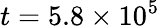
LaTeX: t=5.8\times 10^{5}